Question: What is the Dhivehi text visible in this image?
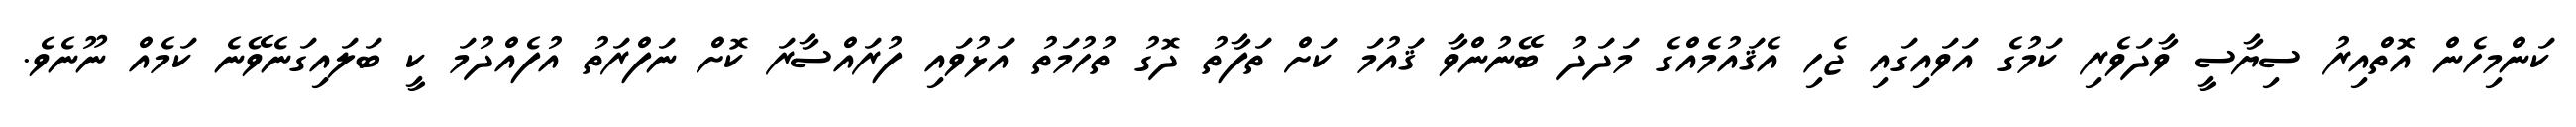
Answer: ކަންމިހެން އޮތްއިރު ސިޔާސީ ވާދަވެރި ކަމުގެ އަވައިގައި ޖެހި އެޤައުމެއްގެ މަދަދު ބޭނުންވާ ޤައުމަ ކަށް ތަފާތު ދޮގު ތުހުމަތު އަޅުވައި ފުރައްސާރަ ކޮށް ނަފްރަތު އުފެއްދުމަ ކީ ބަލައިގަނެވޭނެ ކަމެއް ނޫނެވެ.